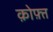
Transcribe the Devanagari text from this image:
क़ोफ़्त